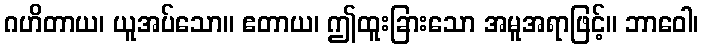
ဂဟိတာယ၊ ယူအပ်သော။ ဧတာယ၊ ဤထူးခြားသော အမူအရာဖြင့်။ ဘာဝေါ၊